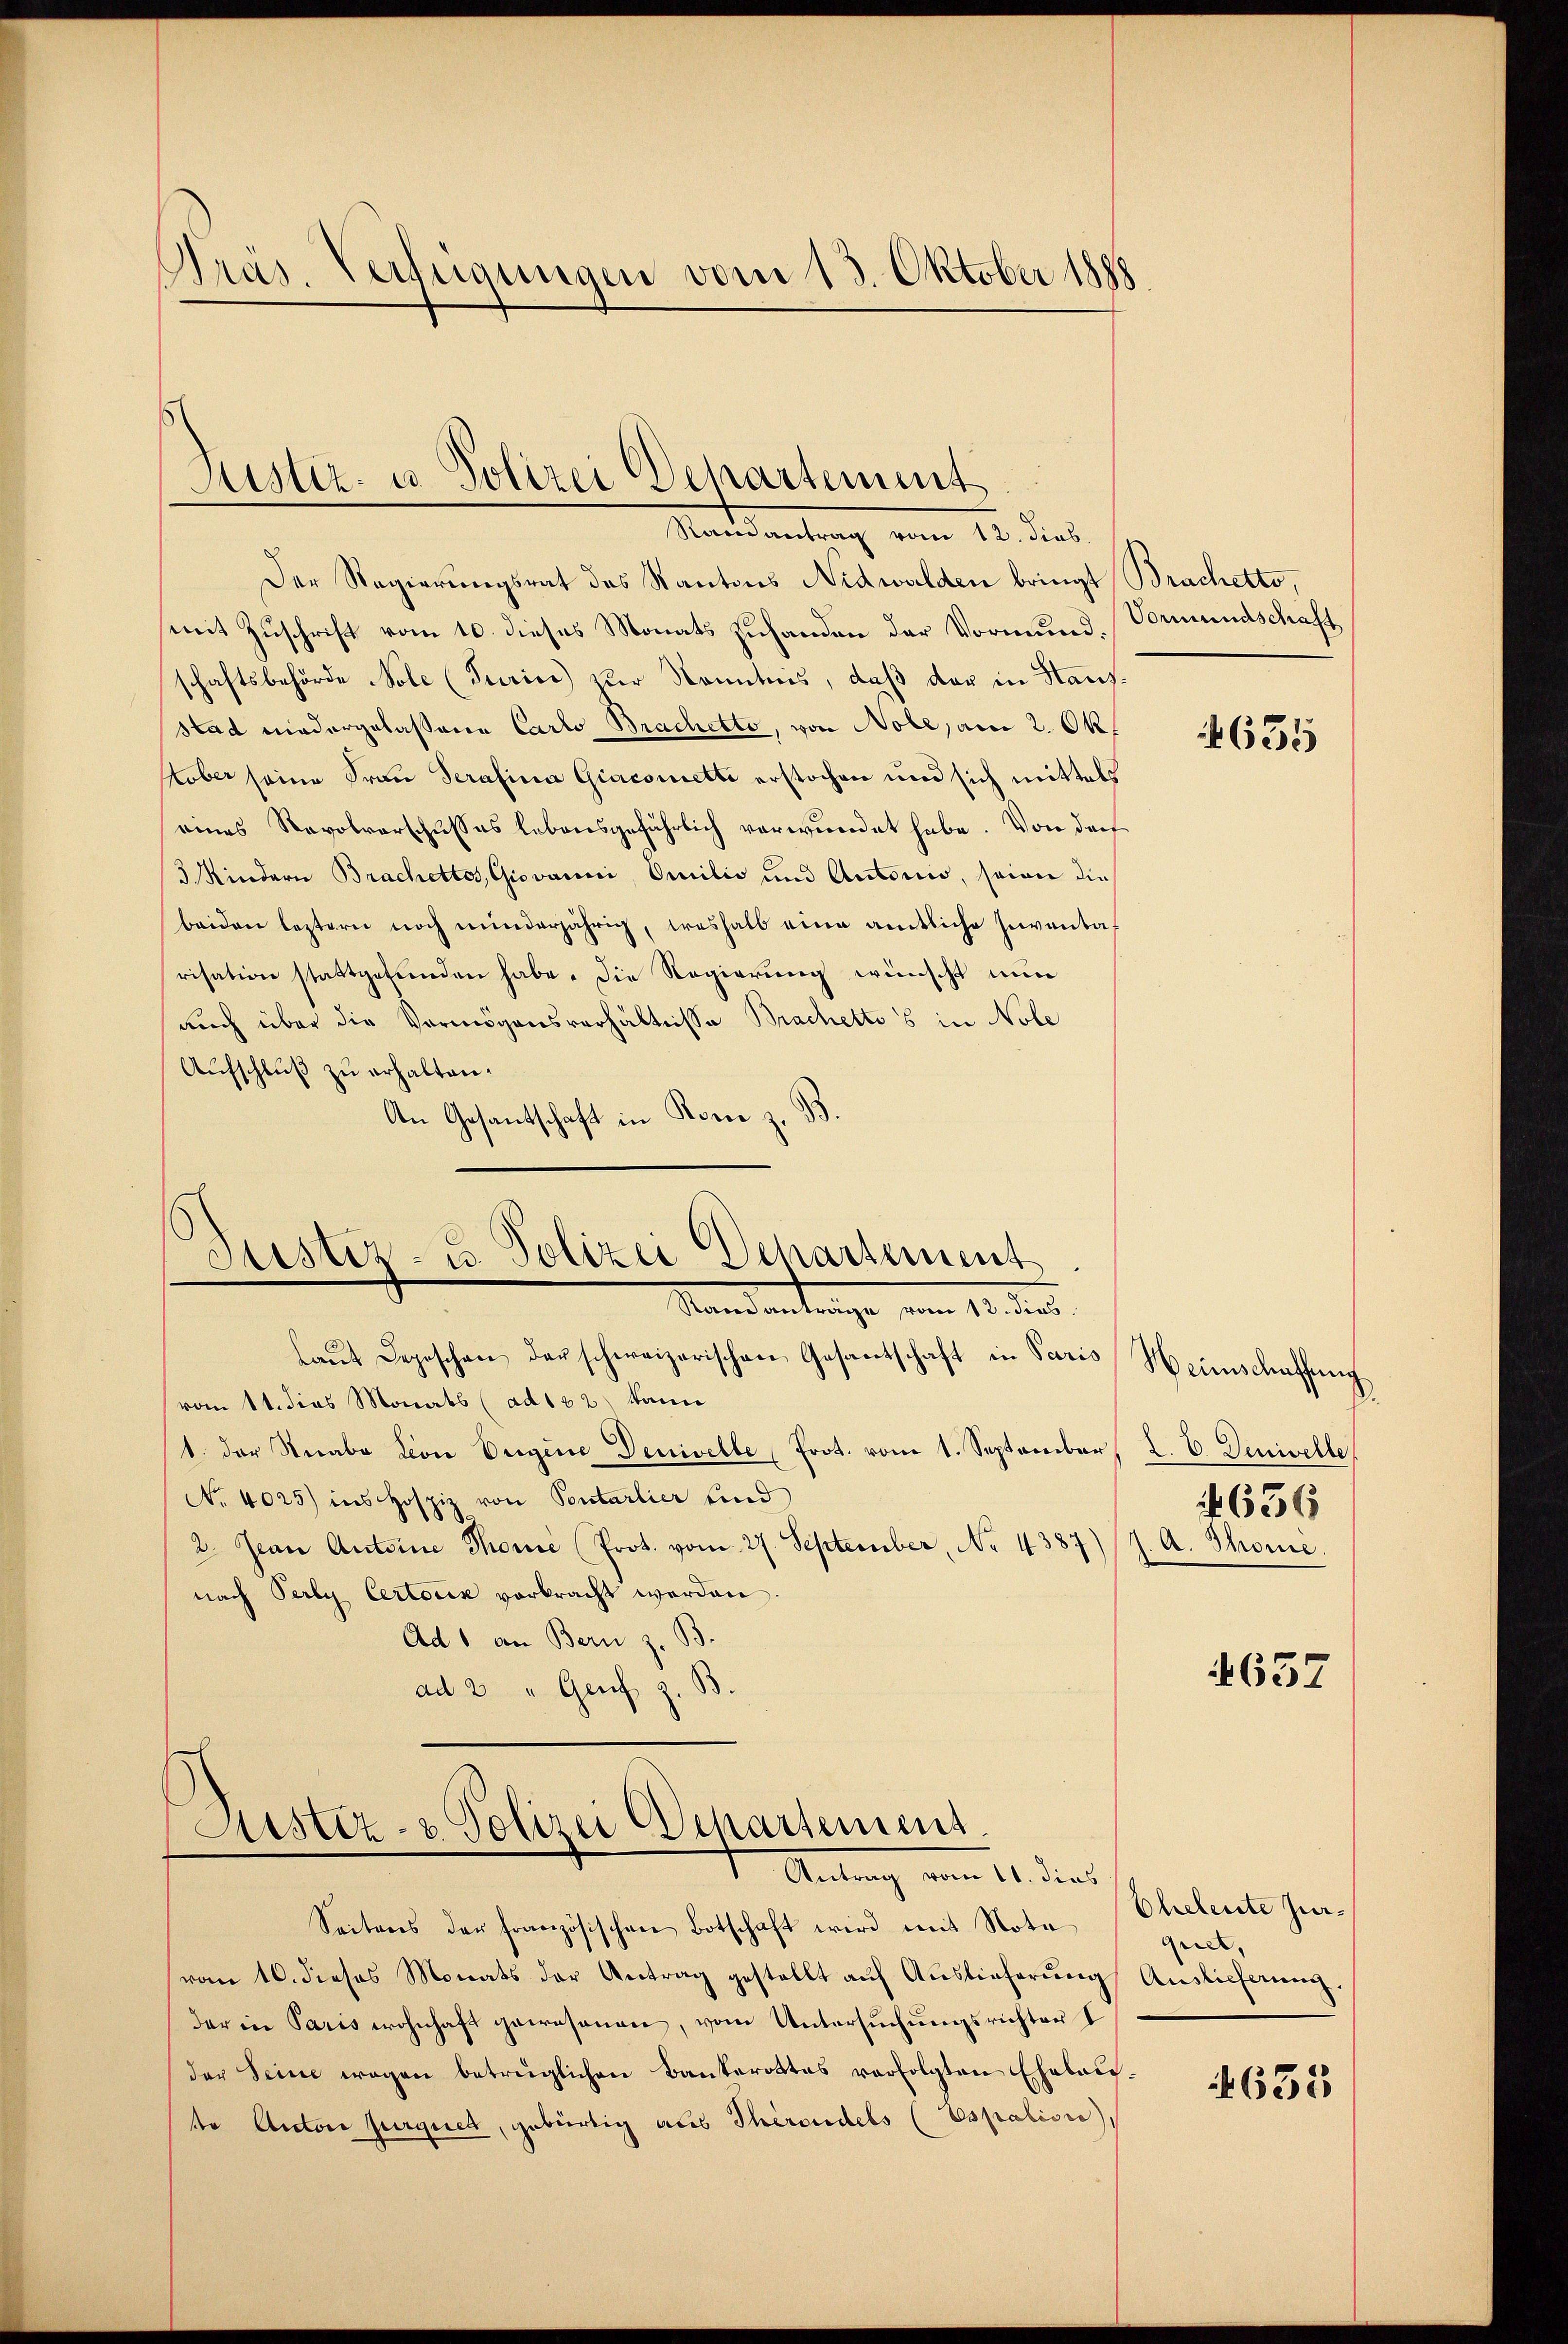
Präs. Verfügungen vom 13. Oktober 1888

Justiz- u. Polizei Departement

Mandantrag vom 15. dies
Der Regierungsrat des Kantons Nidwalden bringt Brachetto,
mit Zuschrift vom 10. dieses Monats Zuhanden der Vormund. Vormundschaft
schaftsbehörde Nolc (Turice) zur Kenntnis, daß der in Hausstad niedergelassene Carlo Brachetto, von Nole, am 2. Okstober seine Frau Serafina Giacsmette erstochen und sich mittels
eines Revolverschusses lebensgefährlich verwundet habe. Von der
3 Kindern Brachettes, Giovanni, Omilić und Autorio, seien die
beiden leztern noch minderjährig, weshalb eine amtliche Inventarisation stattgefunden habe. Die Regierung wünscht nun
auch über die Vermögensverhältnisse Brachetto s in Nole
Aufschluß zu erhalten.
An Gesantschaft in Konie z. B.
Puster- u. Polizei Departement
Mandantenge vom 15. der
laŭt Depeschen der schweizerischen Gesantschaft in Paris
vom 11. dies Monats (ad 162) kann
(1. der Knabe Lion Eigene Denivelle Prot. vom 1. September
No 4025) ins Hospiz von Pontarlier und
2. Jean Antoine Thonie (Prot. vom 27. September, No. 4387
nach Perly Certoris vorbracht werden.
Ad 1 an Bern z. B.
ad 2 " Genf z. B

Aistiz- & Polizei Departement.
Antrag vom 11. dies

Seitens der französischen Botschaft wird mit Nota
(vom 10. dieses Monats der Antrag gestellt aŭf Aŭslieferŭng Auslieferŭng.
der in Paris wohnhaft gewesenen, vom Untersuchungsrichten I
der Seine wegen betrüglichen Bankerottes verfolgten Ehebaiste Anton Jurquet, gebürtig aus Therendels (Espation),

635

Weinschaffung.
2. V. Denivelle,
 636
h. A. Thone.

4657

Eheleute Jur.
quet,

635